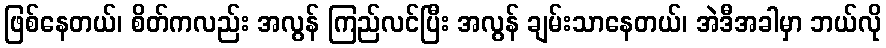
ဖြစ်နေတယ်၊ စိတ်ကလည်း အလွန် ကြည်လင်ပြီး အလွန် ချမ်းသာနေတယ်၊ အဲဒီအခါမှာ ဘယ်လို